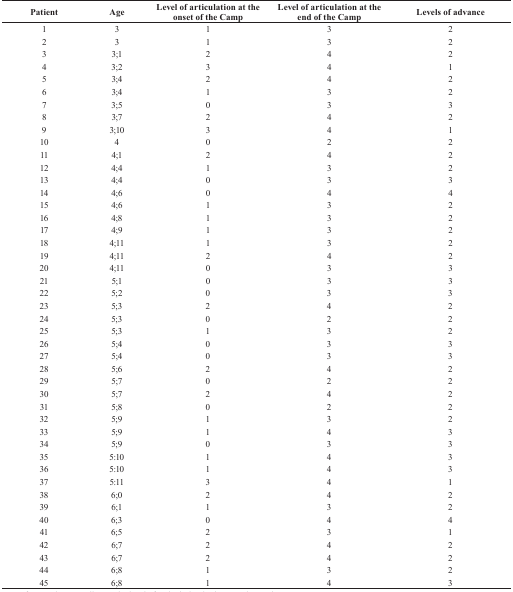
| Patient | Age | Level of articulation at the onset of the Camp | Level of articulation at the end of the Camp | Levels of advance |
 | --- | --- | --- | --- | --- |
 | 1 | 3 | 1 | 3 | 2 |
 | 2 | 3 | 1 | 3 | 2 |
 | 3 | 3;1 | 2 | 4 | 2 |
 | 4 | 3;2 | 3 | 4 | 1 |
 | 5 | 3;4 | 2 | 4 | 2 |
 | 6 | 3;4 | 1 | 3 | 2 |
 | 7 | 3;5 | 0 | 3 | 3 |
 | 8 | 3;7 | 2 | 4 | 2 |
 | 9 | 3;10 | 3 | 4 | 1 |
 | 10 | 4 | 0 | 2 | 2 |
 | 11 | 4;1 | 2 | 4 | 2 |
 | 12 | 4;4 | 1 | 3 | 2 |
 | 13 | 4;4 | 0 | 3 | 3 |
 | 14 | 4;6 | 0 | 4 | 4 |
 | 15 | 4;6 | 1 | 3 | 2 |
 | 16 | 4;8 | 1 | 3 | 2 |
 | 17 | 4;9 | 1 | 3 | 2 |
 | 18 | 4;11 | 1 | 3 | 2 |
 | 19 | 4;11 | 2 | 4 | 2 |
 | 20 | 4;11 | 0 | 3 | 3 |
 | 21 | 5;1 | 0 | 3 | 3 |
 | 22 | 5;2 | 0 | 3 | 3 |
 | 23 | 5;3 | 2 | 4 | 2 |
 | 24 | 5;3 | 0 | 2 | 2 |
 | 25 | 5;3 | 1 | 3 | 2 |
 | 26 | 5;4 | 0 | 3 | 3 |
 | 27 | 5;4 | 0 | 3 | 3 |
 | 28 | 5;6 | 2 | 4 | 2 |
 | 29 | 5;7 | 0 | 2 | 2 |
 | 30 | 5;7 | 2 | 4 | 2 |
 | 31 | 5;8 | 0 | 2 | 2 |
 | 32 | 5;9 | 1 | 3 | 2 |
 | 33 | 5;9 | 1 | 4 | 3 |
 | 34 | 5;9 | 0 | 3 | 3 |
 | 35 | 5:10 | 1 | 4 | 3 |
 | 36 | 5:10 | 1 | 4 | 3 |
 | 37 | 5:11 | 3 | 4 | 1 |
 | 38 | 6;0 | 2 | 4 | 2 |
 | 39 | 6;1 | 1 | 3 | 2 |
 | 40 | 6;3 | 0 | 4 | 4 |
 | 41 | 6;5 | 2 | 3 | 1 |
 | 42 | 6;7 | 2 | 4 | 2 |
 | 43 | 6;7 | 2 | 4 | 2 |
 | 44 | 6;8 | 1 | 3 | 2 |
 | 45 | 6;8 | 1 | 4 | 3 |